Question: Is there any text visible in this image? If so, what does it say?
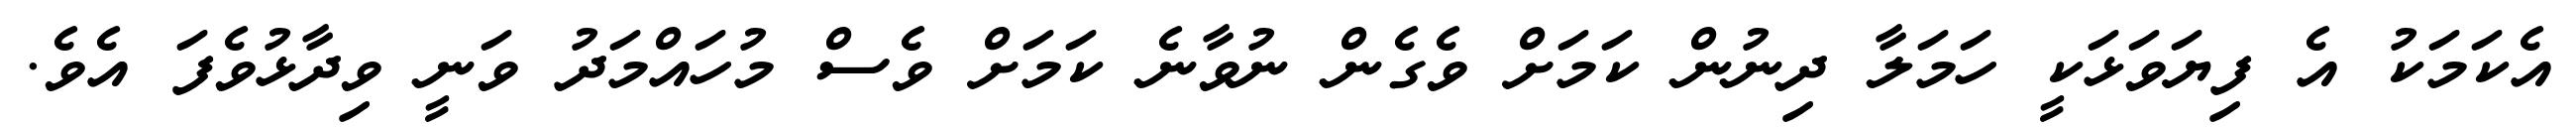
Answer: އެކަމަކު އެ ފިޔަވަޅަކީ ހަމަލާ ދިނުން ކަމަށް ވެގެން ނުވާނެ ކަމަށް ވެސް މުހައްމަދު ވަނީ ވިދާޅުވެފަ އެވެ.